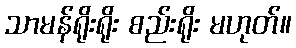
သာမန်ရိုးရိုး စည်းရိုး မဟုတ်။